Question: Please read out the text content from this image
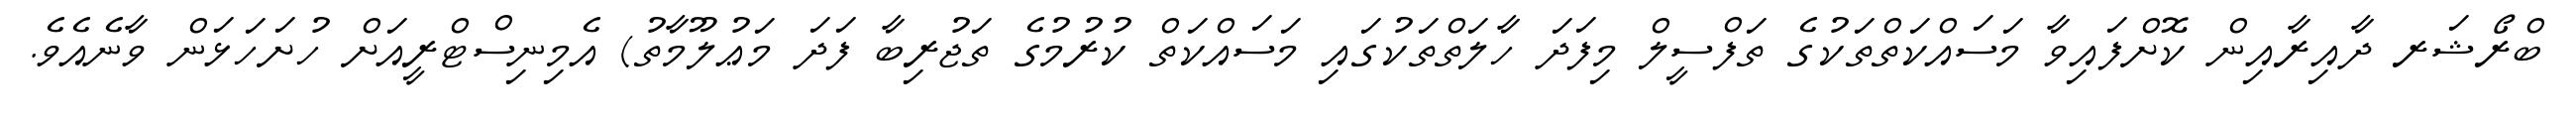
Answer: ބްރޯޝަރ ދާއިރާއިން ކޮށްފައިވާ މަސައްކަތްތަކުގެ ތަފްސީލް މިފަދަ ހާލަތްތަކުގައި މަސައްކަތް ކުރުމުގެ ތަޖުރިބާ ފަދަ މަޢުލޫމާތު) އެމިނިސްޓްރީއަށް ހުށަހަޅަން ވާނެއެވެ.